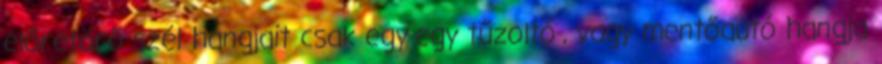
előretörő szél hangjait csak egy-egy tűzoltó-, vagy mentőautó hangja